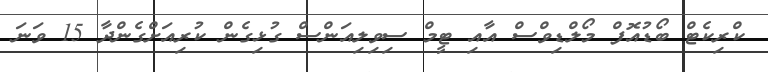
ކްރިކެޓް ބޯޑުއޮފް މޯލްޑިވްސް އާއި ޓީމް ސިވިލިއަންސް ގުޅިގެން ކުރިއަށްގެންދާ 15 ވަނަ